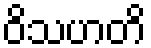
ဝိသဟတိ